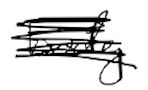
Text: body
Cross-out: scratch
Writing tool: digital_black